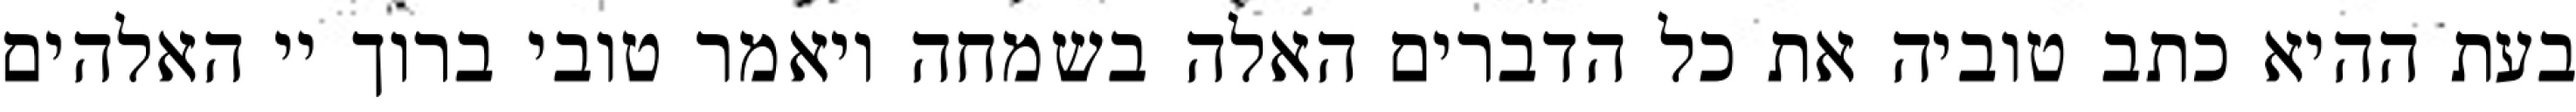
בעת ההיא כתב טוביה את כל הדברים האלה בשמחה ויאמר טובי ברוך יי האלהים